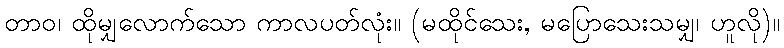
တာဝ၊ ထိုမျှလောက်သော ကာလပတ်လုံး။ (မထိုင်သေး, မပြောသေးသမျှ၊ ဟူလို)။